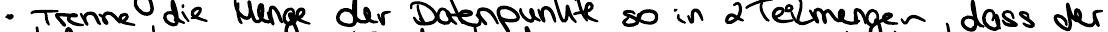
- Trenne die Menge der Datenpunkte so in 2 Teilmengen, dass der